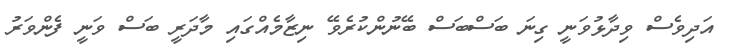
އަދިވެސް ވިދާޅުވަނީ ގިނަ ބަސްބަސް ބޭނުންކުރެވޭ ނިޒާމެއްގައި މާދަރީ ބަސް ވަނީ ފެންވަރު